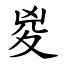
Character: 㚇